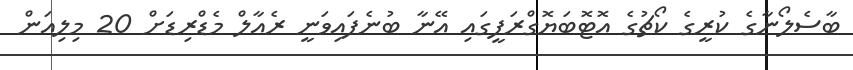
ބާސެލޯނާގެ ކުރީގެ ކޯޗުގެ އޮޓޮބަޔޮގްރަފީގައި އޭނާ ބުނެފައިވަނީ ރެއާލް މެޑްރިޑަށް 20 މިލިއަން